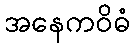
အနေကဝိဓံ